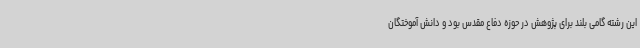
این رشته گامی بلند برای پژوهش در حوزه دفاع مقدس بود و دانش آموختگان